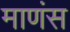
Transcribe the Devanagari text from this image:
माणंस